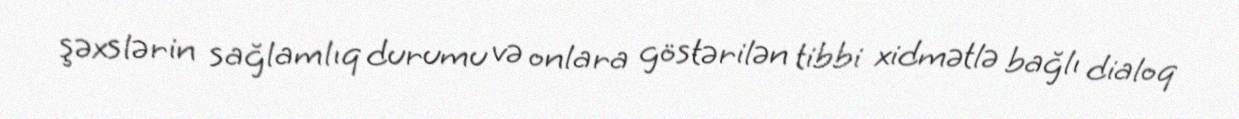
şəxslərin sağlamlıq durumu və onlara göstərilən tibbi xidmətlə bağlı dialoq